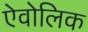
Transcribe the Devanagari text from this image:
ऐवोलिक